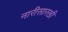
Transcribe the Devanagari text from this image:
नारीसारखी